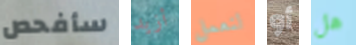
سأفحص أزيد لنعمل أو هل